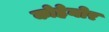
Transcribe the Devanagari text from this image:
कोहेनोर